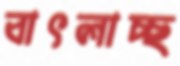
বাৎলাচ্ছ